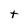
Character: t